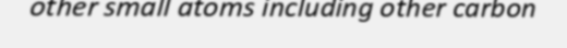
other small atoms including other carbon